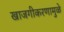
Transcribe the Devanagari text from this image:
खाजगीकरणामुळे